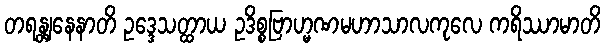
တရန္တျနေနာတိ ဥဒ္ဒေသတ္ထာယ ဥဒိစ္စဗြာဟ္မဏမဟာသာလကုလေ ကရိဿာမာတိ